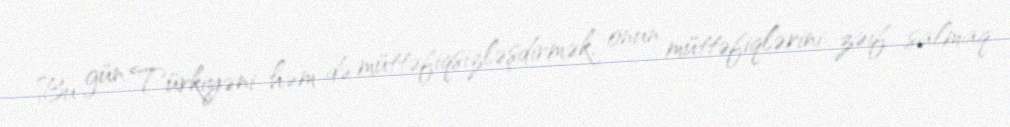
Bu gün Türkiyəni həm də müttəfiqsizləşdirmək, onun müttəfiqlərini zəif salmaq